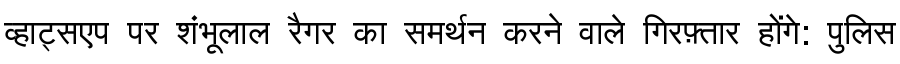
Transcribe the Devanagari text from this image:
व्हाट्सएप पर शंभूलाल रैगर का समर्थन करने वाले गिरफ़्तार होंगे: पुलिस